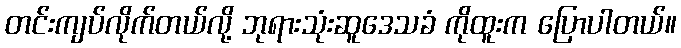
တင်းကျပ်လိုက်တယ်လို့ ဘုရားသုံးဆူဒေသခံ ကိုထူးက ပြောပါတယ်။